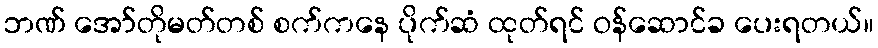
ဘဏ် အော်တိုမတ်တစ် စက်ကနေ ပိုက်ဆံ ထုတ်ရင် ဝန်ဆောင်ခ ပေးရတယ်။